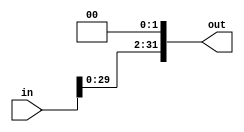
module sll2(out, in);
    input[31:0] in;
    output[31:0] out;

    assign out[0]=0;
    assign out[1]=0;
    assign out[31:2]=in[29:0];
    

endmodule